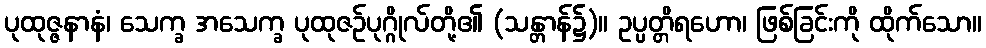
ပုထုဇ္ဇနာနံ၊ သေက္ခ အသေက္ခ ပုထုဇဉ်ပုဂ္ဂိုလ်တို့၏ (သန္တာန်၌)။ ဥပ္ပတ္တိရဟော၊ ဖြစ်ခြင်းကို ထိုက်သော။